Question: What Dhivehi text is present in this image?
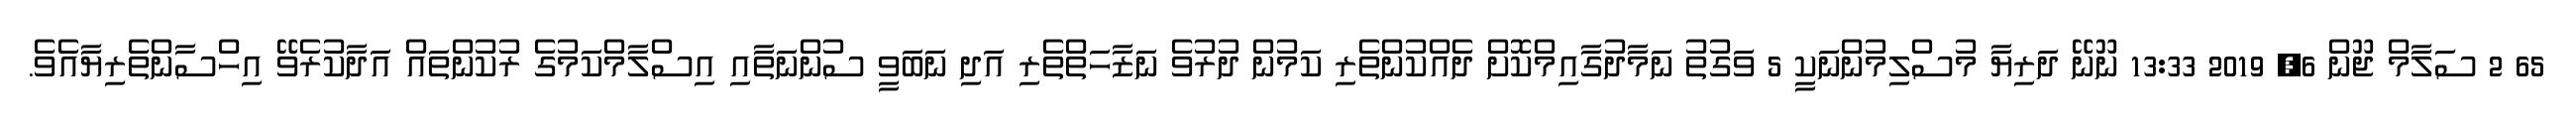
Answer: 65 2 ސަލާމް ޖޫން 6, 2019 13:33 ނޫނޭ ދަރިޔާ މުސްލިމުންނަކީ 5 ވަގުތު ނަމާދުގާއިމްކޮށް ދެއްކުންތެރި ކަމުން ދުރުވެ ނަޒާހަތްތެރި އަދި ނަބަވީ ސުންނަތާއި އިސްލާމްކަމުގެ ރުކުންތައް އަދާކުރެވޭ އިހްސާންތެރިޔާއެވެ.